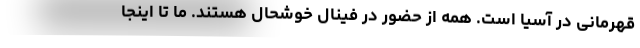
قهرمانی در آسیا است. همه از حضور در فینال خوشحال هستند. ما تا اینجا